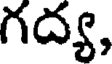
గద్య,